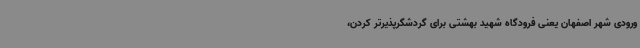
ورودی شهر اصفهان یعنی فرودگاه شهید بهشتی برای گردشگرپذیرتر کردن،